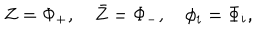
Z = \Phi _ { + } , \quad \bar { Z } = \Phi _ { - } , \quad \phi _ { i } = \Phi _ { i } ,